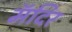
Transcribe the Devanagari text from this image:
मॅदिर